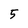
Character: 5